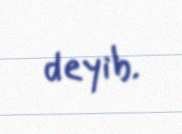
deyib.